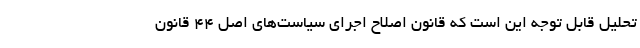
تحلیل قابل توجه این است که قانون اصلاح اجرای سیاست‌های اصل ۴۴ قانون